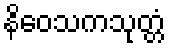
နိဝေသကသုတ္တံ